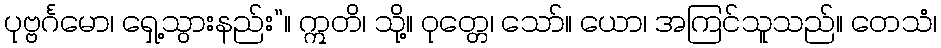
ပုဗ္ဗင်္ဂမော၊ ရှေ့သွားနည်း”။ ဣတိ၊ သို့။ ဝုတ္တေ၊ သော်။ ယော၊ အကြင်သူသည်။ တေသံ၊